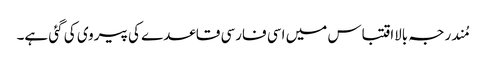
مُندرجہ بالااقتباس میں اسی فارسی قاعدے کی پیروی کی گئی ہے۔